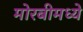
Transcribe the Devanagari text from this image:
मोरबीमध्ये